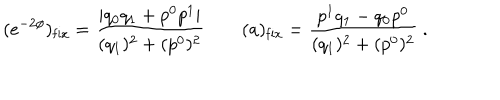
LaTeX: ( e ^ { - 2 \phi } ) _ { \mathrm { f i x } } = { \frac { | q _ { 0 } q _ { 1 } + p ^ { 0 } p ^ { 1 } | } { ( q _ { 1 } ) ^ { 2 } + ( p ^ { 0 } ) ^ { 2 } } } \qquad ( a ) _ { \mathrm { f i x } } = { \frac { p ^ { 1 } q _ { 1 } - q _ { 0 } p ^ { 0 } } { ( q _ { 1 } ) ^ { 2 } + ( p ^ { 0 } ) ^ { 2 } } } \ .